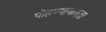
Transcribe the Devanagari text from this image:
पोहण्याकरता